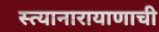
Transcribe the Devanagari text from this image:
स्त्यानारायाणाची